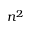
n ^ { 2 }